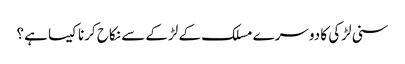
سنی لڑکی کا دوسرے مسلک کے لڑکے سے نکاح کرنا کیسا ہے؟